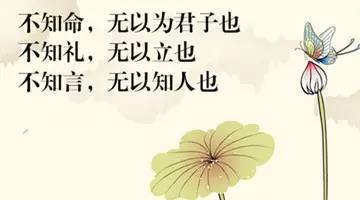
不知命，无以为君子也不知礼，无以立也不知言，无以知人也。